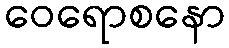
ဝေရောစနော